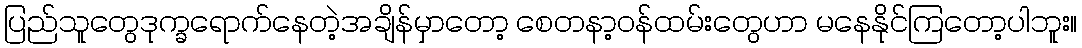
ပြည်သူတွေဒုက္ခရောက်နေတဲ့အချိန်မှာတော့ စေတနာ့ဝန်ထမ်းတွေဟာ မနေနိုင်ကြတော့ပါဘူး။